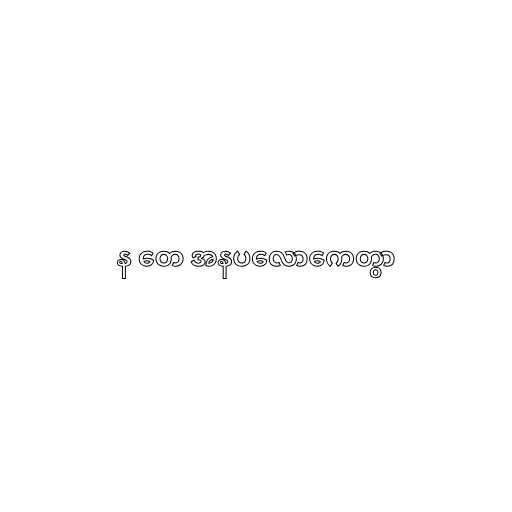
န တေ အနပလောကေတွာ